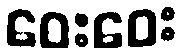
ဝေးဝေး